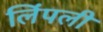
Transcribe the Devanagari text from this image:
लिंपली